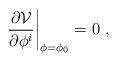
LaTeX: \begin{align*}\left.\frac{\partial \mathcal{V}}{\partial \phi ^i}\right|_{\phi=\phi_0} = 0~,\end{align*}